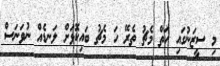
މި ސީޒަނުގައި ހަތް މެޗު ތެރޭ ހަ މެޗު ބައިކޮޅަށް ލަނޑެއް ނުވަނަސް